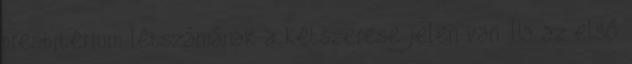
presbitérium létszámának a kétszerese jelen van. Ha az első